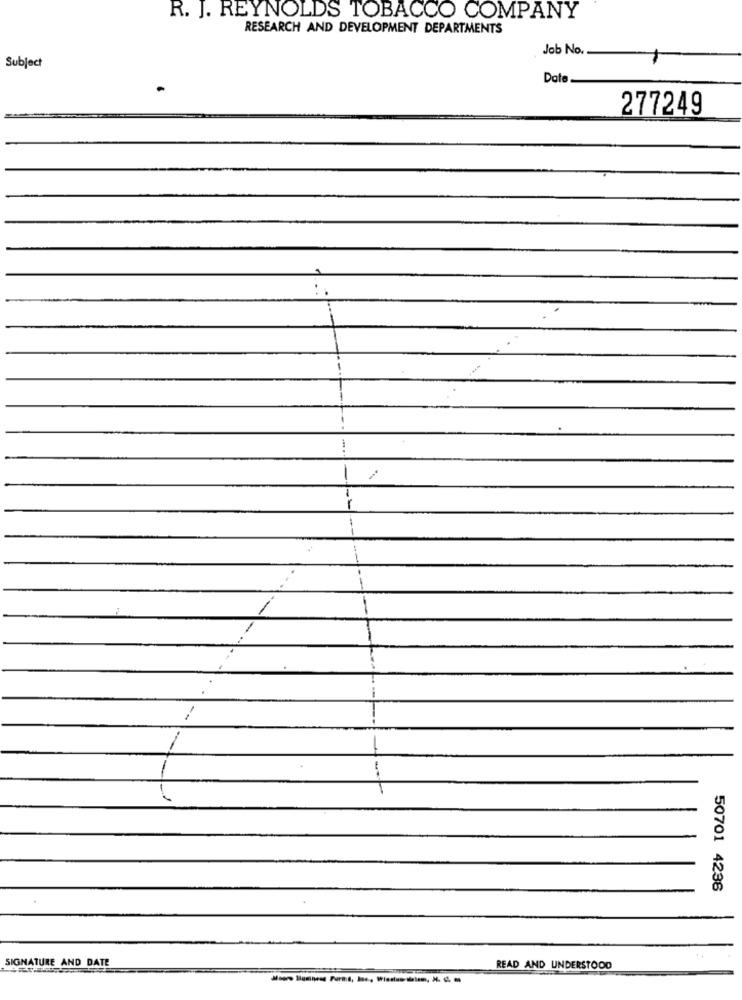
R. J. REYNOLDS TOBACCO COMPANY
RESEARCH AND DEVELOPMENT DEPARTMENTS
Job No.
Subject
Date
277249
---
... .
-
-
50701 4236
SIGNATURE AND DATE
READ AND UNDERSTOOD